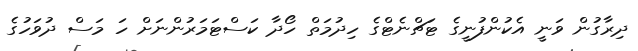
ދިރާގުން ވަނީ އެކުންފުނީގެ ޓަޗްނެޓްގެ ހިދުމަތް ހޯދާ ކަސްޓަމަރުންނަށް ހަ މަސް ދުވަހުގެ